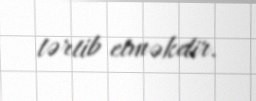
tərtib etməkdir.